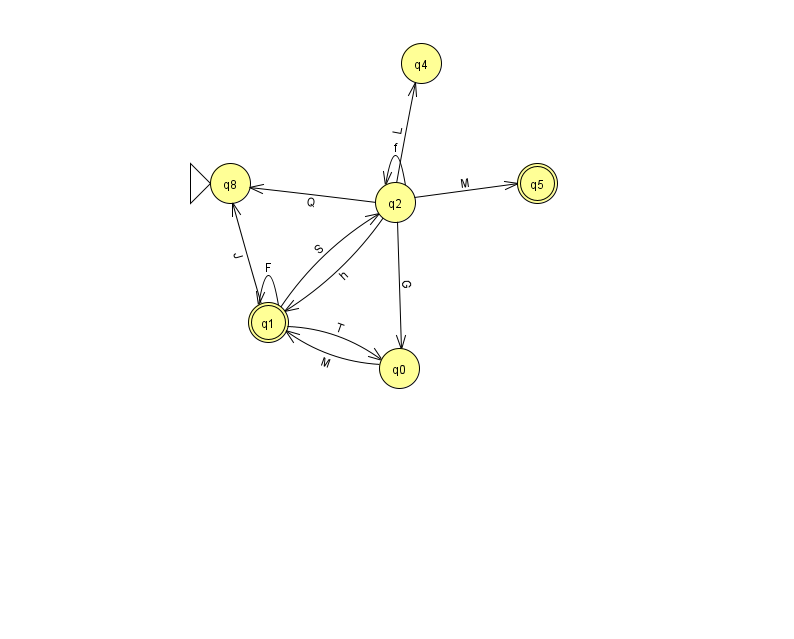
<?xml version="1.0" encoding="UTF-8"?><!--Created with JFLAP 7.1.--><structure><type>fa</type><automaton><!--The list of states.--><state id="0" name="q0"><x>399.0</x><y>355.0</y></state><state id="1" name="q1"><x>268.0</x><y>309.0</y><final/></state><state id="2" name="q2"><x>395.0</x><y>189.0</y></state><state id="4" name="q4"><x>421.0</x><y>50.0</y></state><state id="5" name="q5"><x>537.0</x><y>170.0</y><final/></state><state id="8" name="q8"><x>230.0</x><y>170.0</y><initial/></state><!--The list of transitions.--><transition><from>2</from><to>0</to><read>G</read></transition><transition><from>0</from><to>1</to><read>M</read></transition><transition><from>2</from><to>1</to><read>h</read></transition><transition><from>2</from><to>5</to><read>M</read></transition><transition><from>1</from><to>1</to><read>F</read></transition><transition><from>2</from><to>2</to><read>f</read></transition><transition><from>1</from><to>2</to><read>S</read></transition><transition><from>1</from><to>0</to><read>T</read></transition><transition><from>2</from><to>4</to><read>L</read></transition><transition><from>1</from><to>8</to><read>J</read></transition><transition><from>2</from><to>8</to><read>Q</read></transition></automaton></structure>